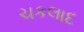
ચકલાદ